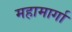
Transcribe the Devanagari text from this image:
महामार्गा